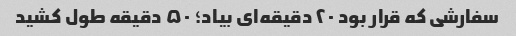
سفارشی که قرار بود ۲۰ دقیقه‌ای بیاد؛ ۵۰ دقیقه طول کشید